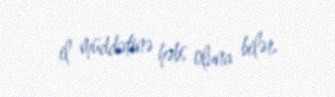
il müddətinə həbs oluna bilər.